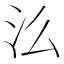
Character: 𭯷